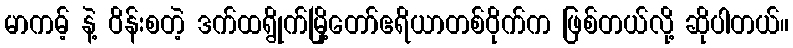
မာကမ့် နဲ့ ဝိန်းစတဲ့ ဒက်ထရွိုက်မြို့တော်ဧရိယာတစ်ဝိုက်က ဖြစ်တယ်လို့ ဆိုပါတယ်။